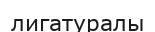
лигатуралы